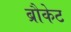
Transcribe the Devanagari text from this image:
ब्रौकेट